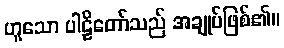
ဟူသော ပါဠိတော်သည် အချုပ်ဖြစ်၏။